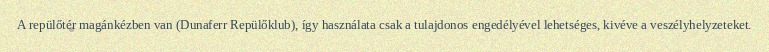
A repülőtér magánkézben van (Dunaferr Repülőklub), így használata csak a tulajdonos engedélyével lehetséges, kivéve a veszélyhelyzeteket.